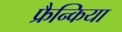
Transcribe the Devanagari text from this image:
फ्रैन्किया